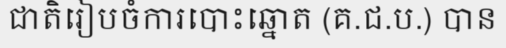
ជាតិរៀបចំការបោះឆ្នោត (គ.ជ.ប.) បាន